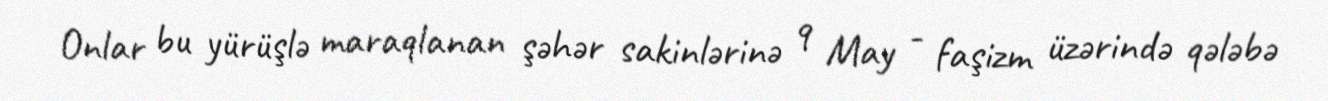
Onlar bu yürüşlə maraqlanan şəhər sakinlərinə 9 May - faşizm üzərində qələbə